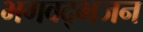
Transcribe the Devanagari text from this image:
भगवद्भजन